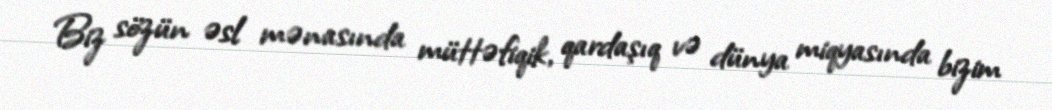
Biz sözün əsl mənasında müttəfiqik, qardaşıq və dünya miqyasında bizim